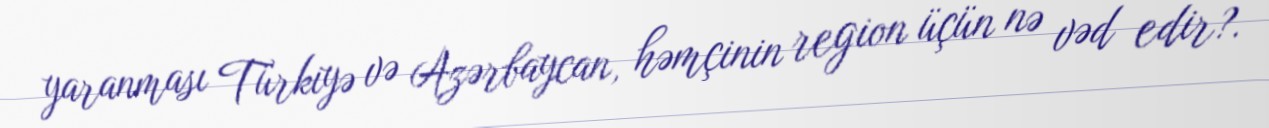
yaranması Türkiyə və Azərbaycan, həmçinin region üçün nə vəd edir?.